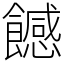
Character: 𩞿